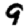
Digit: 9